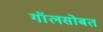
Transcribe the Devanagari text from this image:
गॉलसोबत